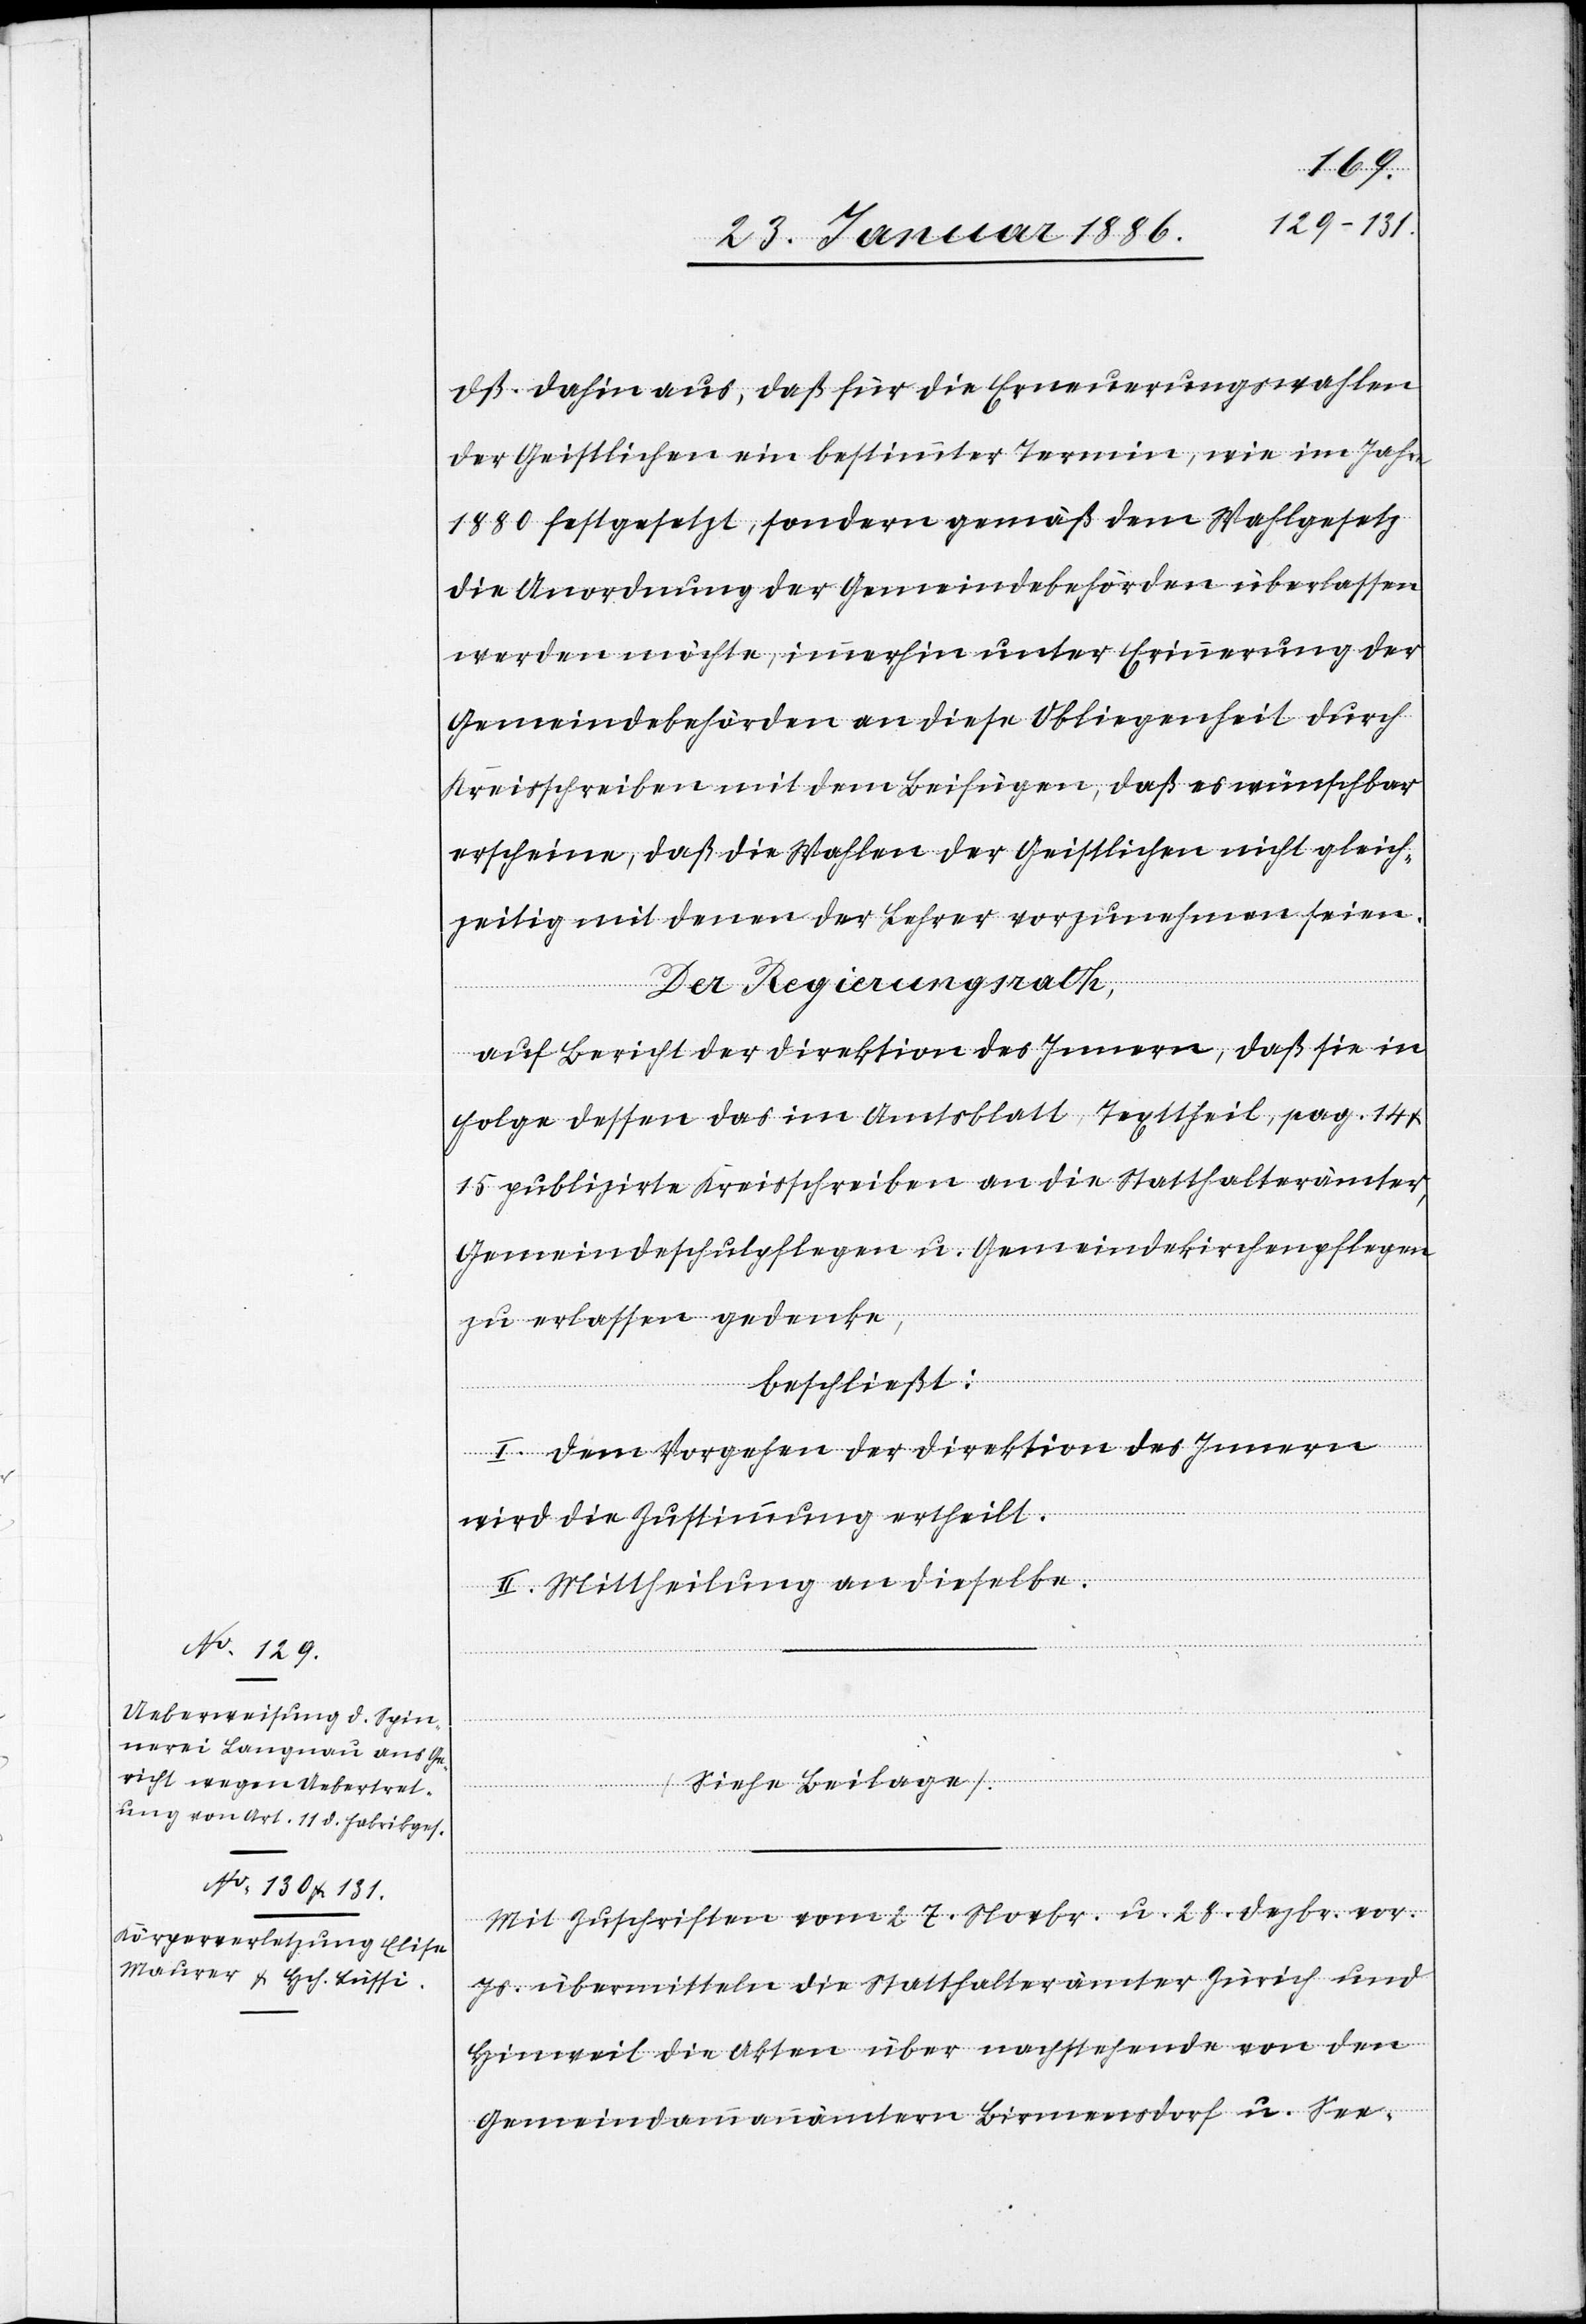
dß. dahin aus, daß für die Erneuerungswahlen
der Geistlichen ein bestimmter Termin, wie im Jahre
1880 festgesetzt, sondern gemäß dem Wahlgesetz
die Anordnung der Gemeindebehörden überlassen
werden möchte, immerhin unter Erinnerung der
Gemeindebehörden an diese Obliegenheit durch
Kreisschreiben mit dem Beifügen, daß es wünschbar
erscheine, daß die Wahlen der Geistlichen nicht gleich¬
zeitig mit denen der Lehrer vorzunehmen seien.
Der Regierungsrath,
auf Bericht der Direktion des Innern, daß sie in
Folge dessen das im Amtsblatt Texttheil, pag. 14 &
15 publizirte Kreisschreiben an die Statthalterämter,
Gemeindeschulpflege u. Gemeindekirchenpflege
zu erlassen gedenke,
beschließt:
I. Dem Vorgehen der Direktion des Innern
wird die Zustimmung ertheilt.
II. Mitheilung an dieselbe.
Mit Zuschrift vom 27. Novbr. u. 28. Dezbr. vor.
Js. übermittelten die Statthalterämter Zürich und
Hinweil die Akten über nachstehende von den
Gemeindammannämtern Birmensdorf u. See-